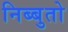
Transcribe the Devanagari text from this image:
निब्बुतो